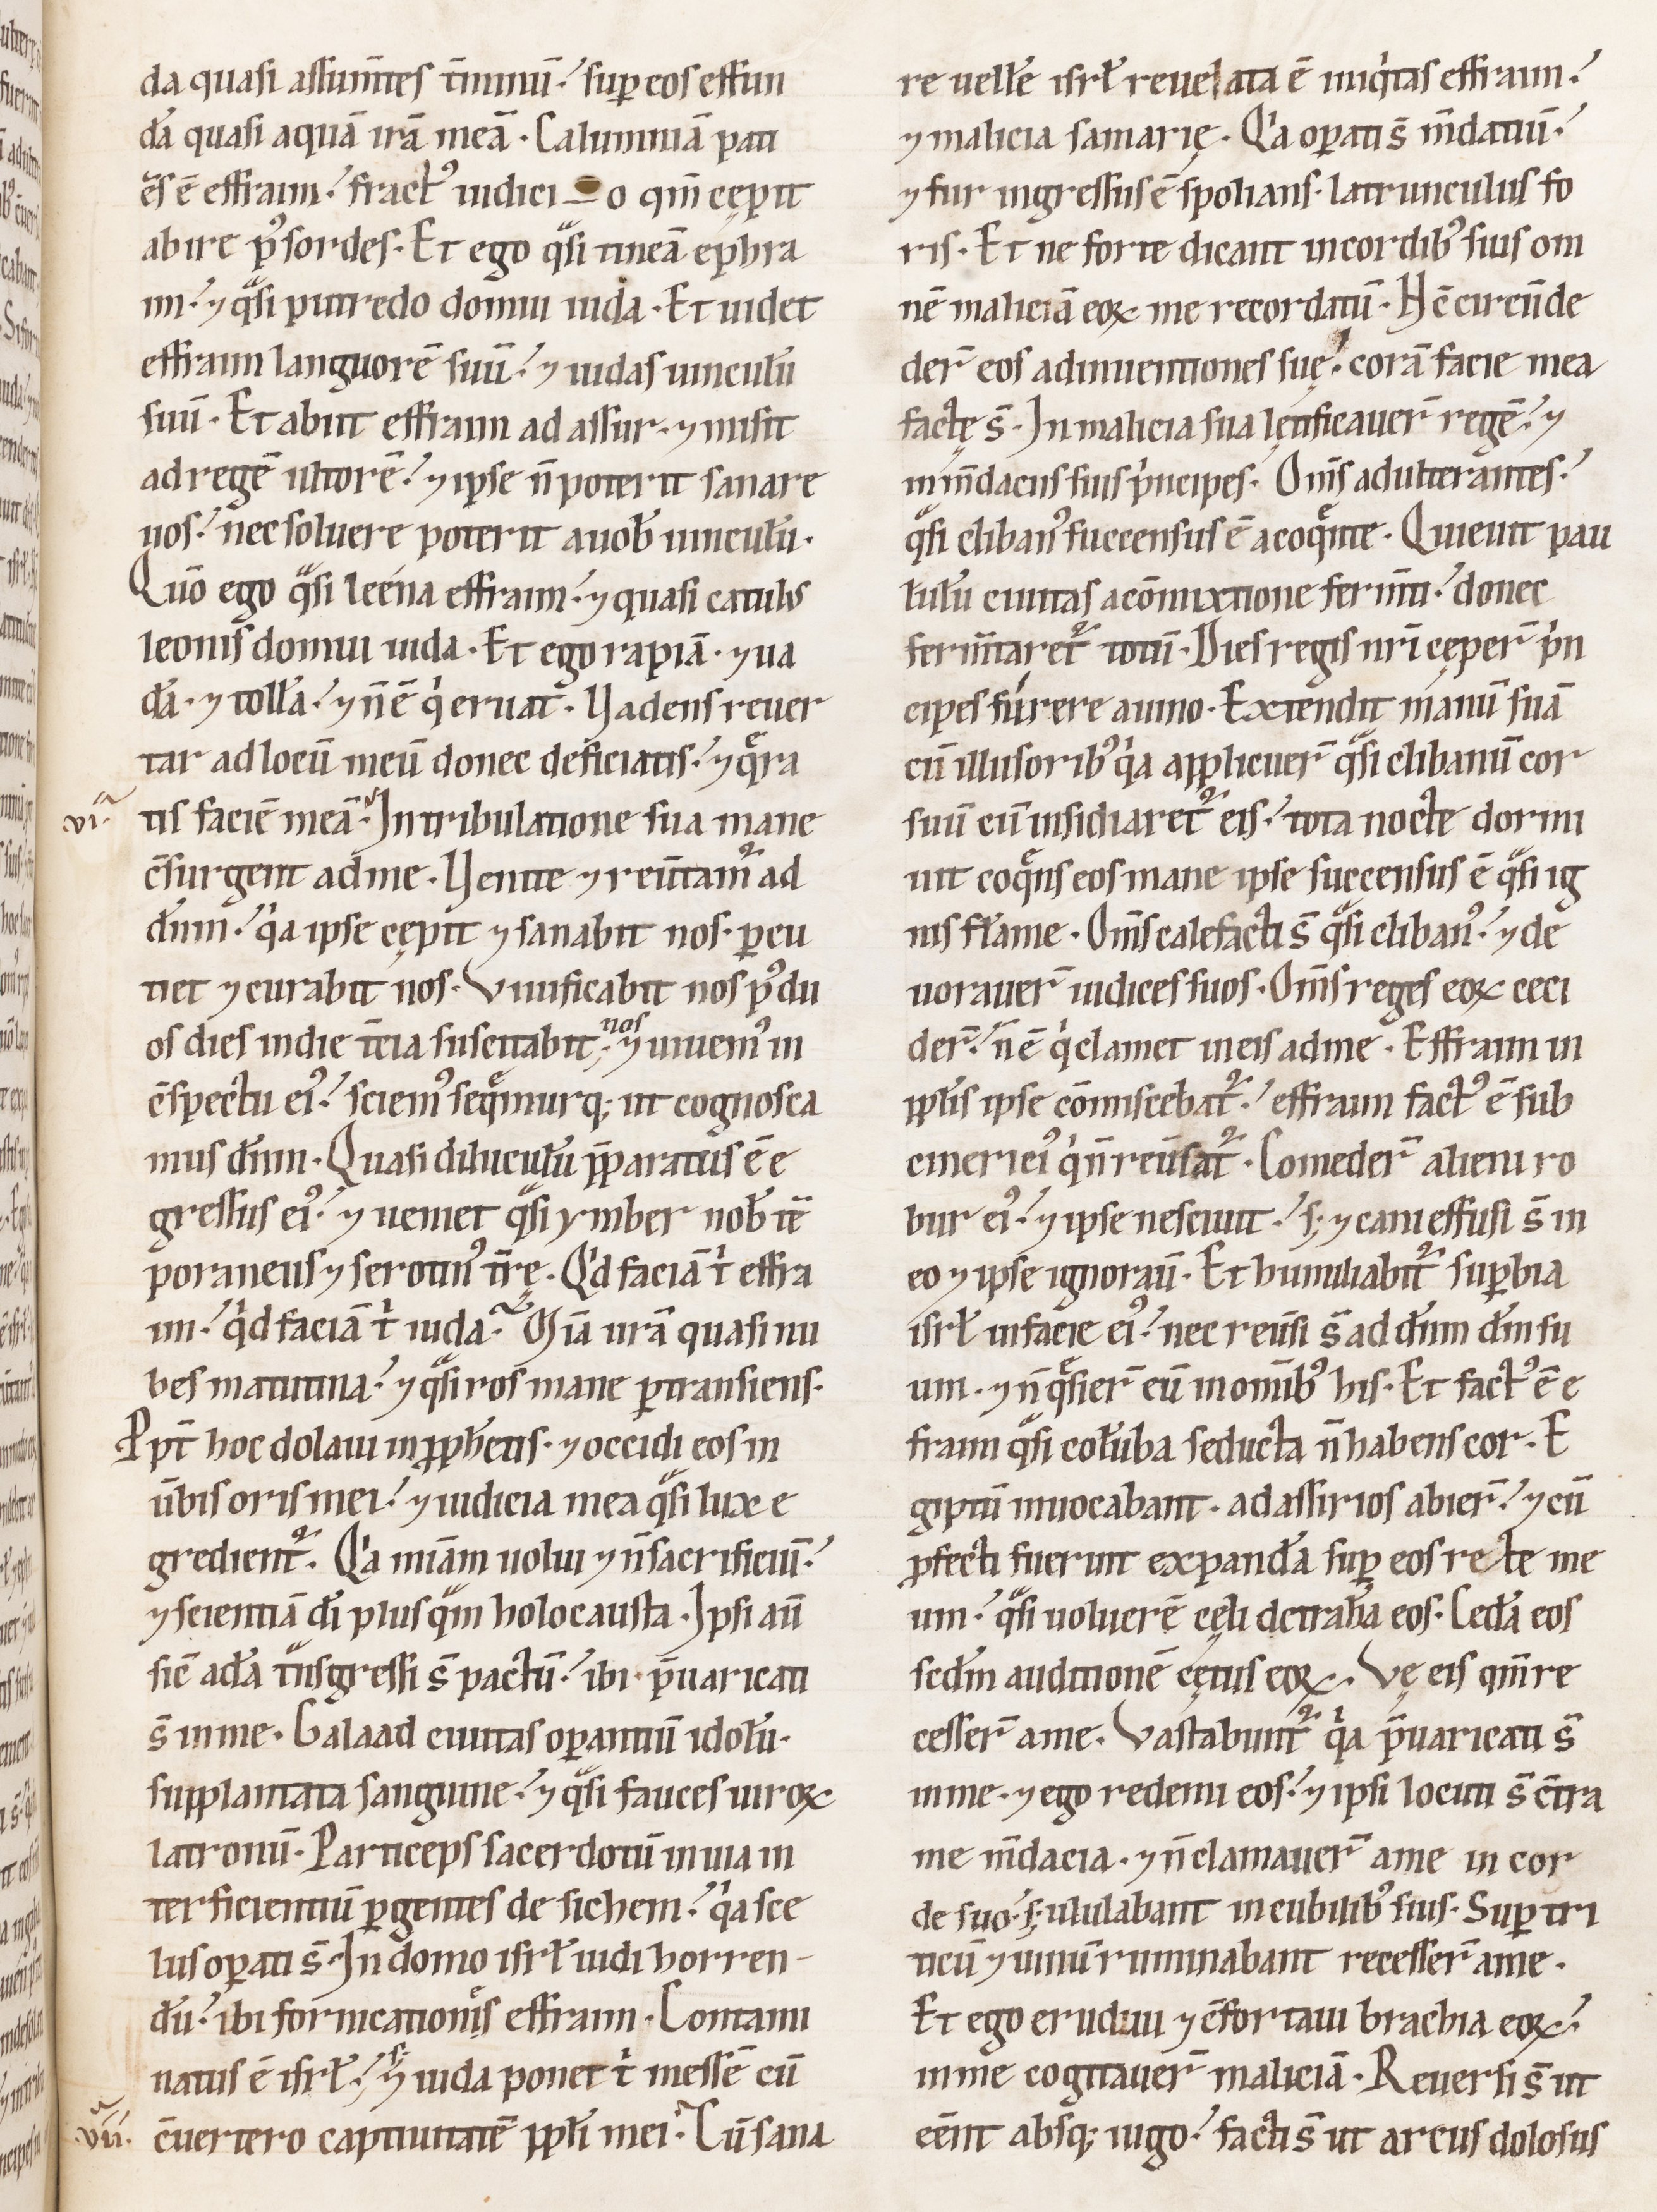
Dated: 1100–1199